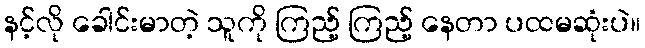
နင့်လို ခေါင်းမာတဲ့ သူကို ကြည့် ကြည့် နေတာ ပထမဆုံးပဲ။